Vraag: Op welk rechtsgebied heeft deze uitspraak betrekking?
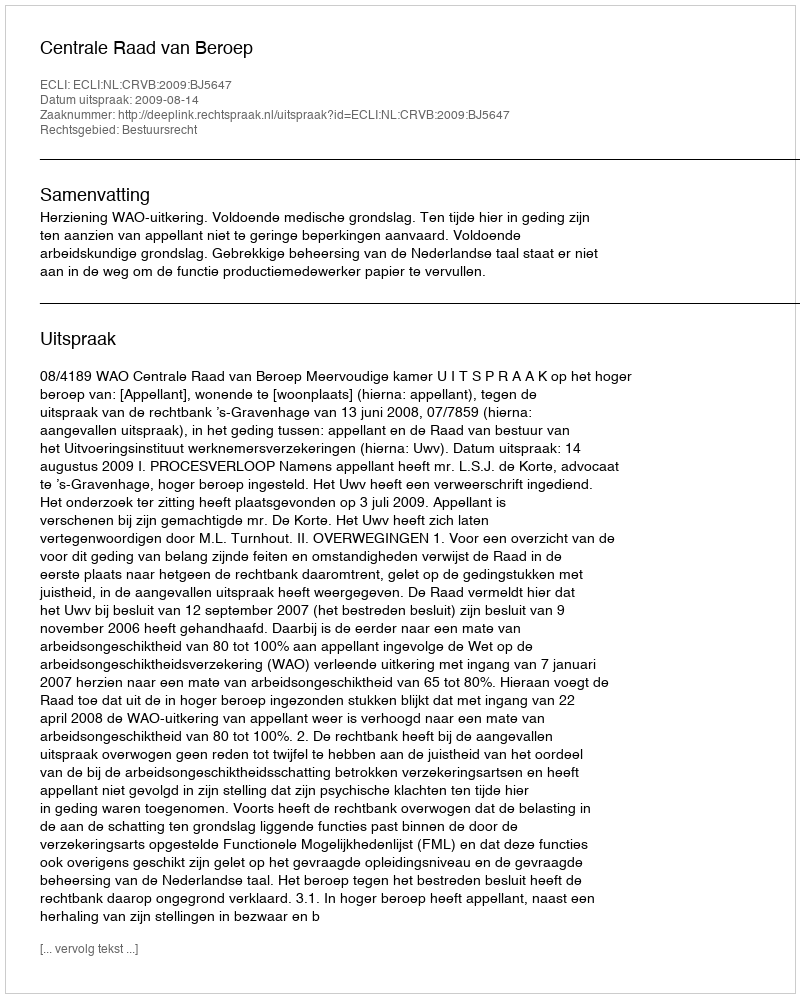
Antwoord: Bestuursrecht